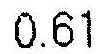
0.61